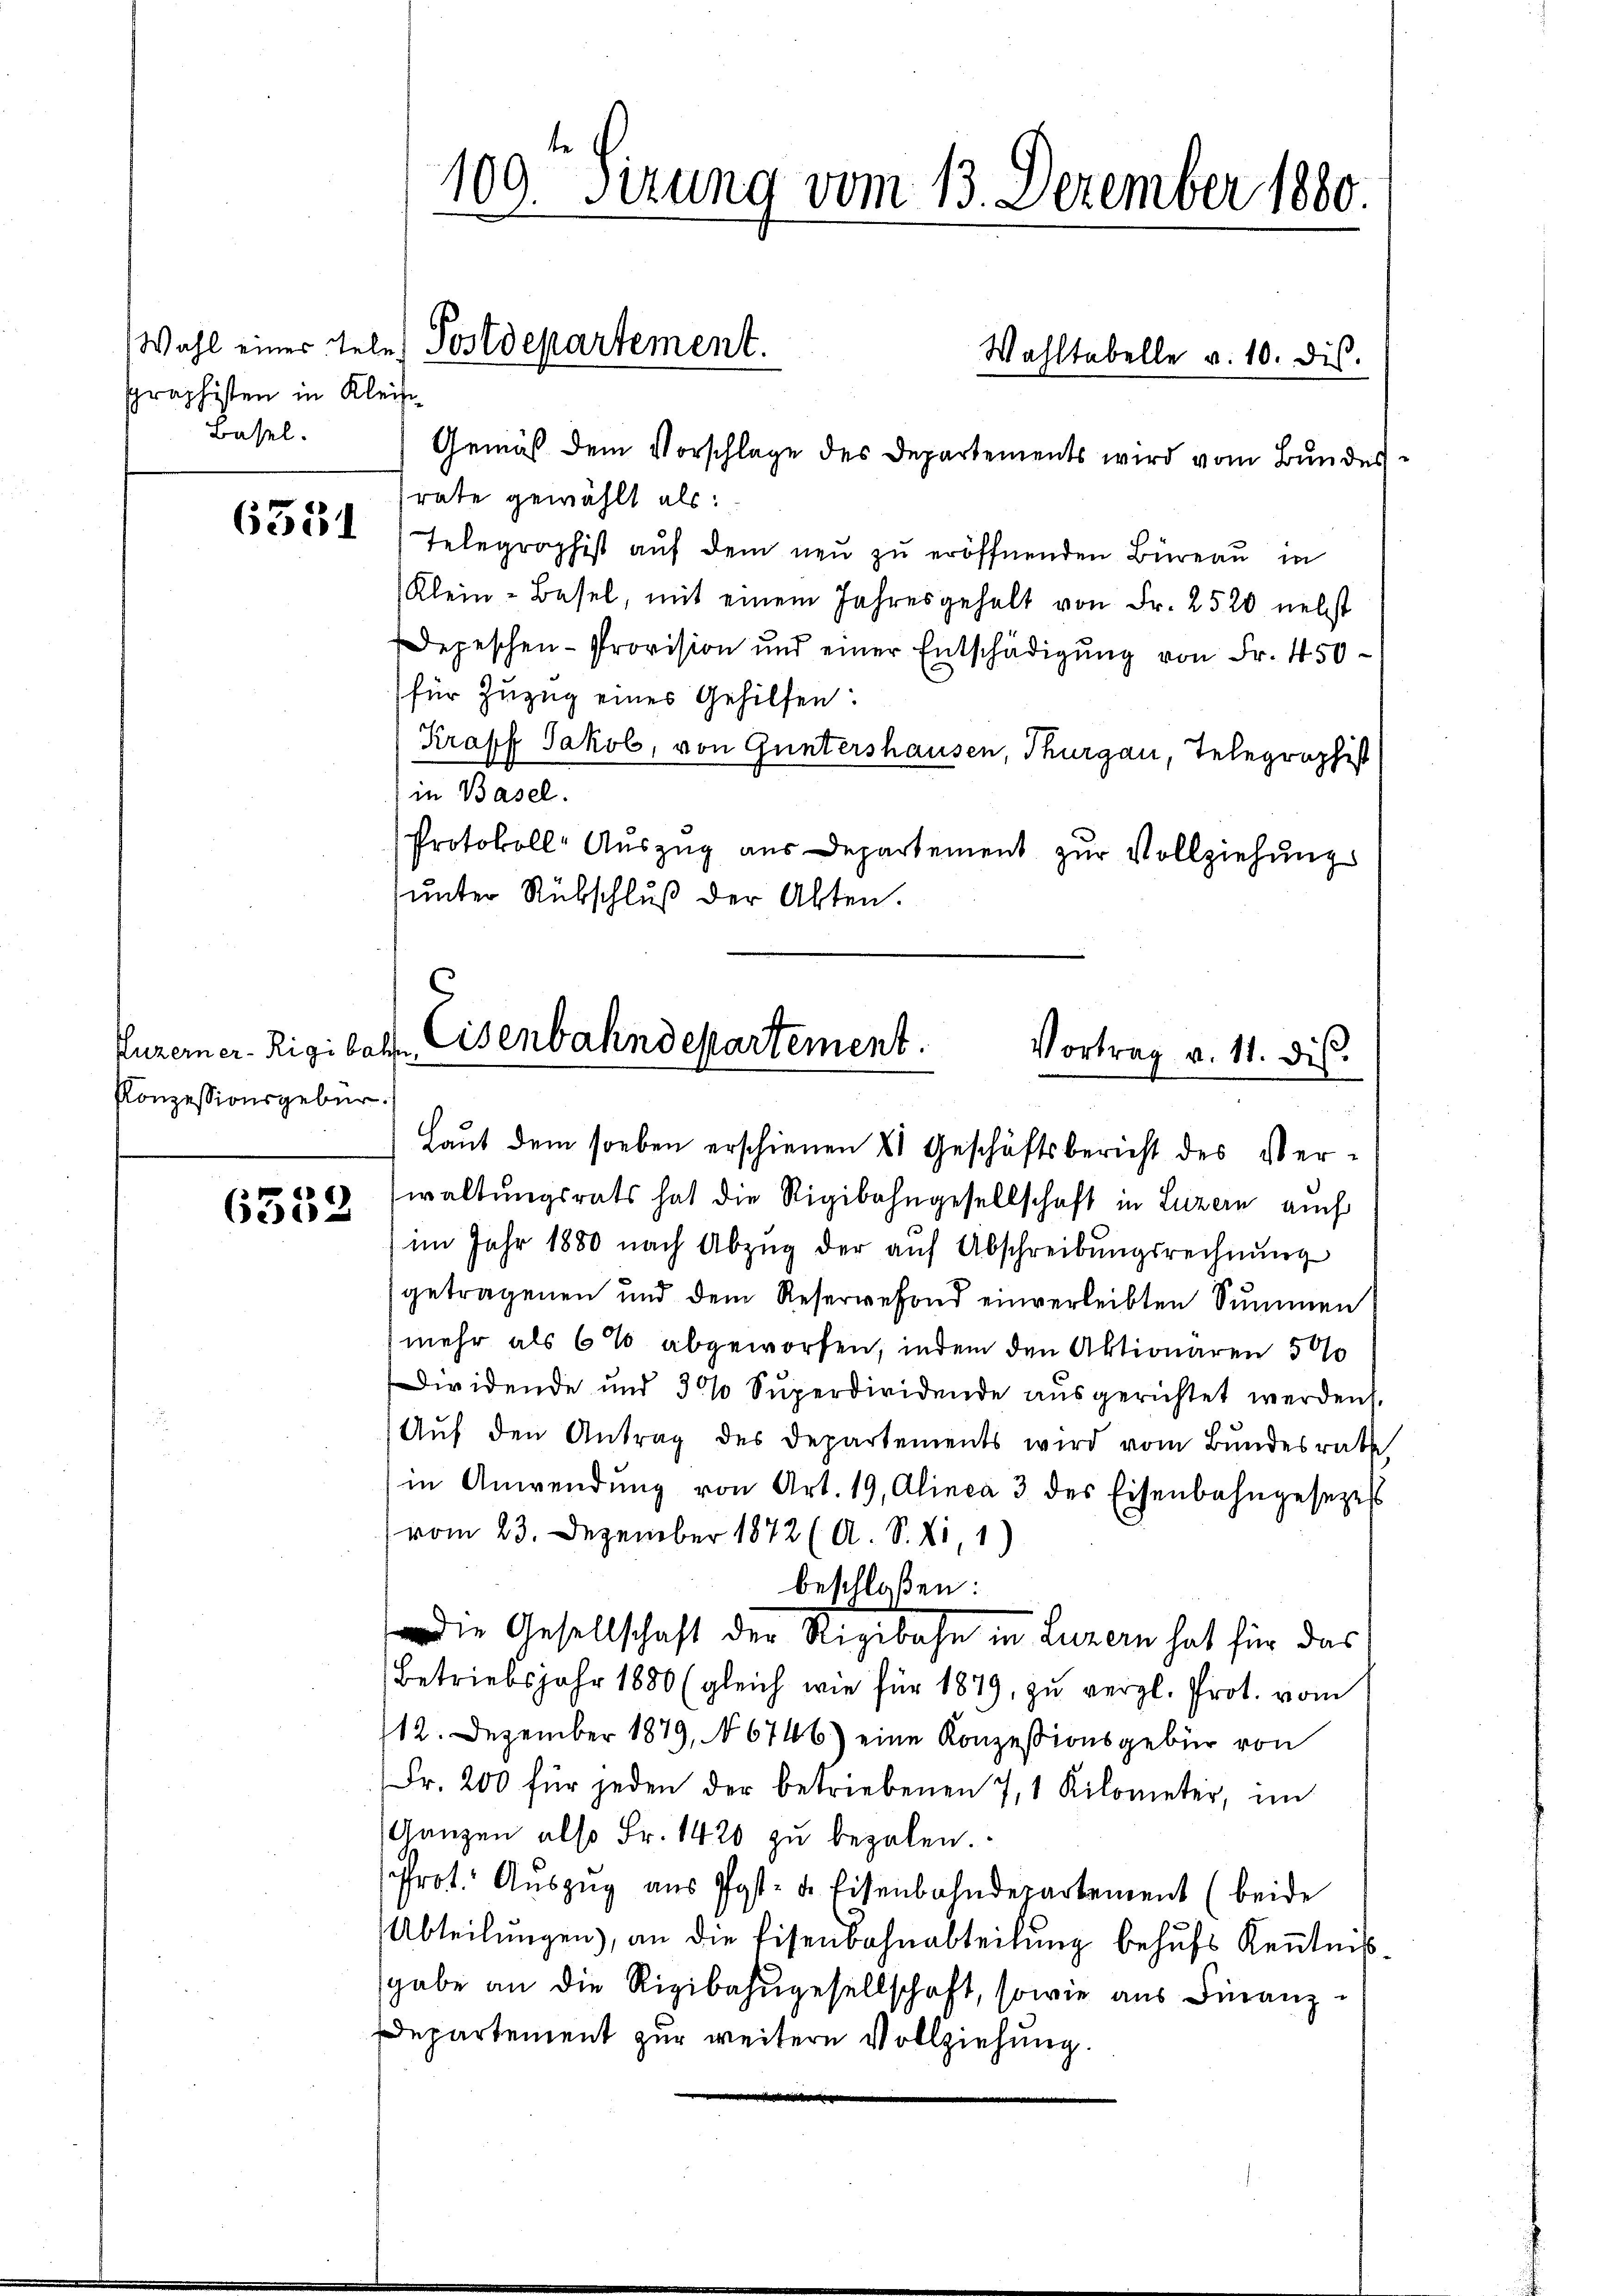
graphisten in Kleine
Basel.

Puzerner-Rigibahn
Konzessionsgebür

6302

109. Sirung vom 13. Dezember 1880.

Gemäß dem Vorschlage des Departements wird vom Bundes
rate gewählt als:
133505 Telegraphist aŭf dem neŭ zŭ eröffnenden Büreaŭ in
Klein-Basel, mit einem Jahresgehalt von Fr. 2520 nebst
Depeschen- Provision und einer Entschädigŭng von Fr. 450
für Zuzug eines Gehilfen:
Krapf Jakob, von Guntershausen, Thurgau, Telegraphist
in Basel.
Protokoll- Auszug aus Departement zur Vollziehungs
unter Rübschluß der Akten.

Wahl einer Tele Postdepartement.

waltungsrats hat die Rigibahngesellschaft in Luzern auch
im Jahr 1880 nach Abzug der auf Abschreibungsrechnung
getragenen und dem Reservefond einverleibten Summen
mehr als 6% abgeworfen, indem den Aktionaren 500
Dividende und 30% Superdividende ausgerichtet werden,
Auf den Antrag des Departements wird vom Bundesrath
in Anwendŭng von Art. 19, Alinea 3 des Eisenbahngesezess
vom 23. Dezember 1872 (A. S. Ei, 1)
beschloßen:
Die Gesellschaft der Rigibahn in Luzern hat für das
Betriebsjahr 1880 (gleich wie für 1879, zu vergl. Prot. vom
112. Dezember 1879, 6746) eine Konzessionsgebür von
Fr. 200 für jeden der betriebenen 7, 1 Kilometer, im
Ganzen also Fr. 1420 zu bezalen.
Prot. Auszug aus Post- u. Eisenbahndepartement (beide
Abteilŭngen), an die Eisenbahnabteilŭng behŭfs Keṅtnis-
gabe an die Rigibahngesellschaft, sowie aus Finanz¬
Departement zur weitere Vollziehung.
e

Wahltabelle v. 10. dis.

Eisenbahndepartement.
Vortrag v. 11. dis
Haut dem soeben erschienen & Geschäftsbericht des Ver¬